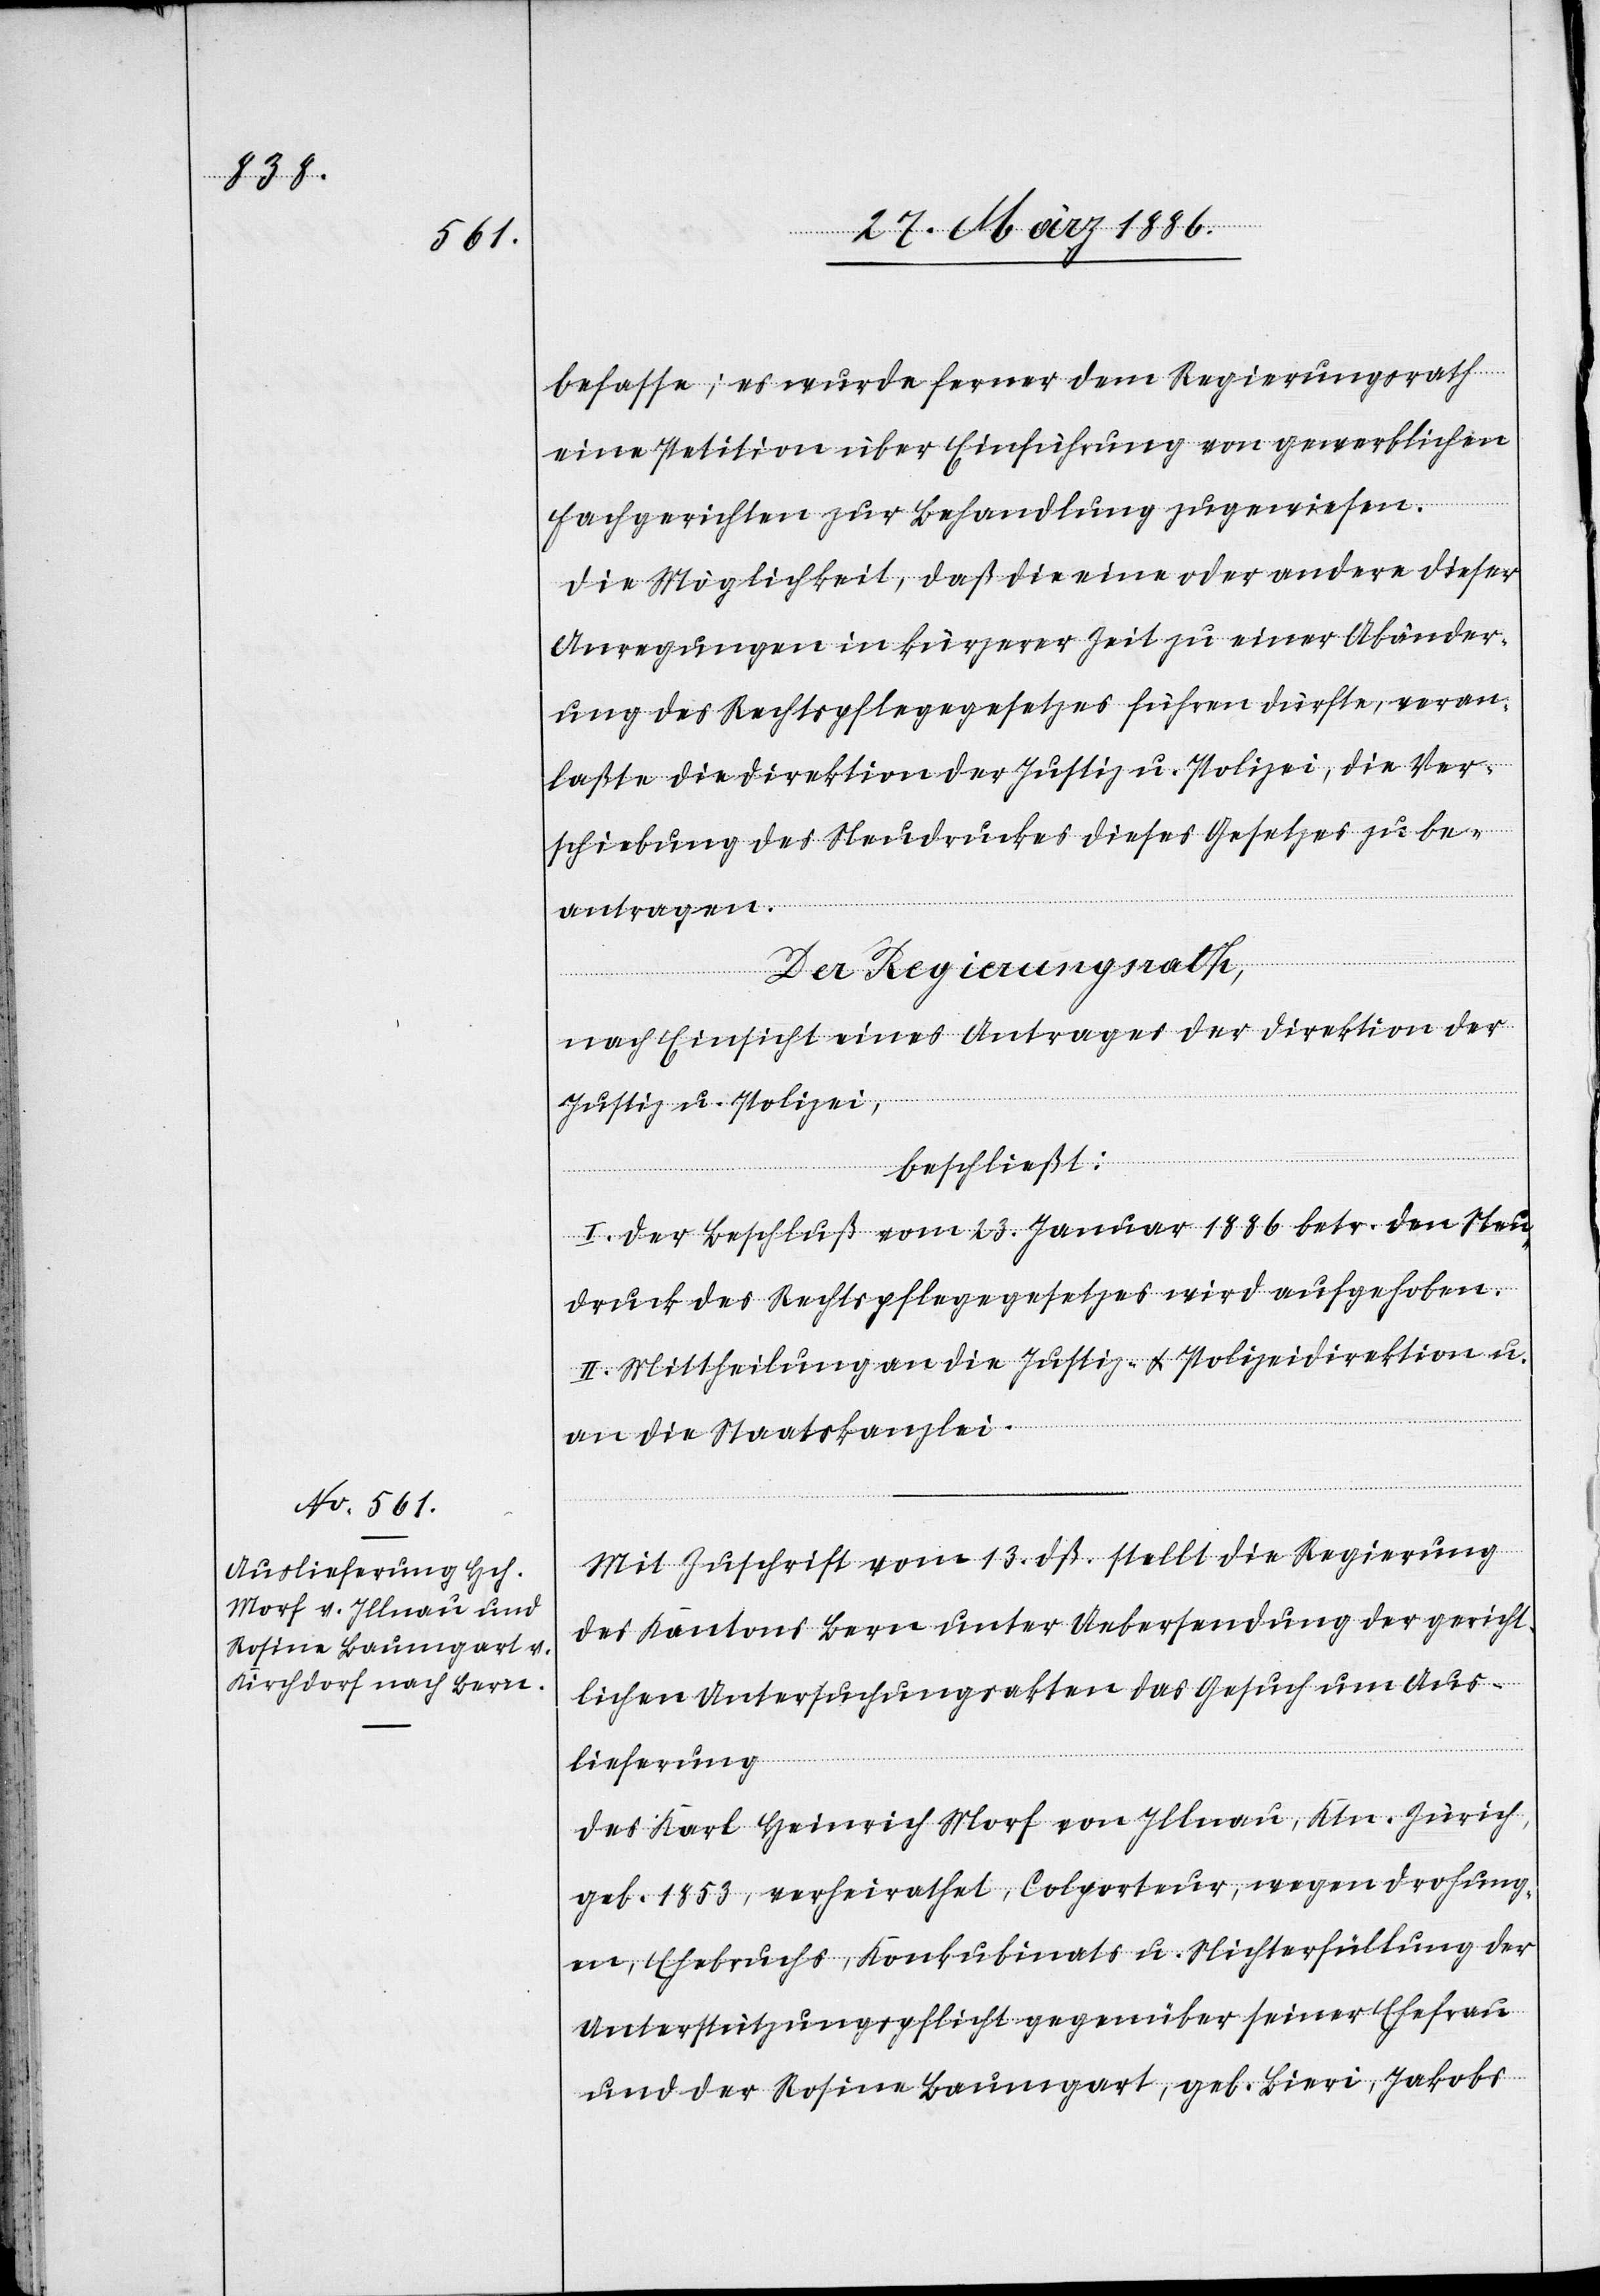
befasse; es wurde ferner dem Regierungsrath
eine Petition über Einführung von gewerblichen
Fachgerichten zur Behandlung zugewiesen.
Die Möglichkeit, daß die eine oder andere dieser
Anregungen in kürzerer Zeit zu einer Abänder¬
ung des Rechtspflegegesetzes führen dürfte, veran¬
laßte die Direktion der Justiz u. Polizei, die Ver¬
schiebung des Neudruckes dieses Gesetzes zu be¬
antragen.
Der Regierungsrath,
nach Einsicht eines Antrages der Direktion der
Justiz u. Polizei,
beschließt:
I. Der Beschluß vom 23. Januar 1886 betr. den Neu¬
druck des Rechtspflegegesetzes wird aufgehoben.
II. Mittheilung an die Justiz- & Polizeidirektion u.
an die Staatskanzlei.
Mit Zuschrift vom 13. dß. stellt die Regierung
des Kantons Bern unter Uebersendung der gericht¬
lichen Untersuchungsakten das Gesuch um Aus¬
lieferung
des Karl Heinrich Morf von Illnau, Ktn. Zürich,
geb. 1853, verheirathet, Colporteur, wegen Drohung¬
en, Ehebruchs, Konkubinats u. Nichterfüllung der
Unterstützungspflicht gegenüber seiner Ehefrau
und der Rosine Baumgart, geb. Bieri, Jakobs